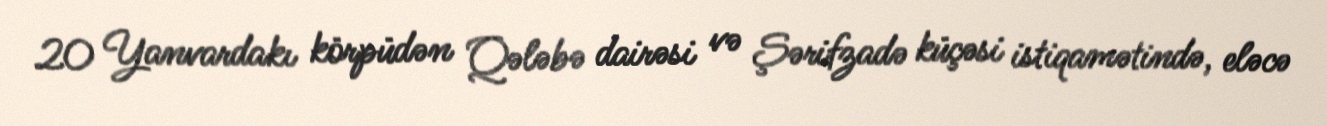
20 Yanvardakı körpüdən Qələbə dairəsi və Şərifzadə küçəsi istiqamətində, eləcə